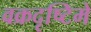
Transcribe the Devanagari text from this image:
वक्रदृष्टिमे